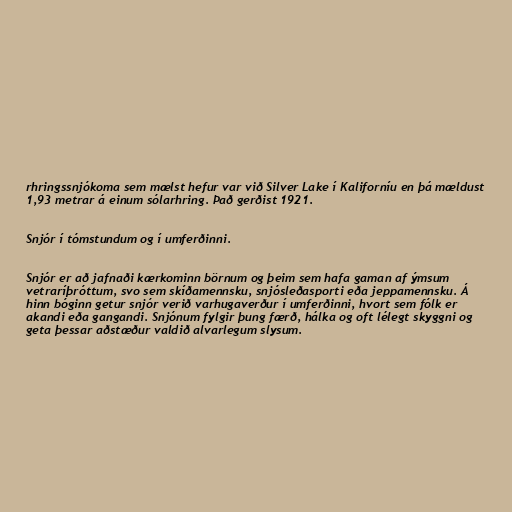
rhringssnjókoma sem mælst hefur var við Silver Lake í Kaliforníu en þá mældust
1,93 metrar á einum sólarhring. Það gerðist 1921.

Snjór í tómstundum og í umferðinni.

Snjór er að jafnaði kærkominn börnum og þeim sem hafa gaman af ýmsum
vetraríþróttum, svo sem skíðamennsku, snjósleðasporti eða jeppamennsku. Á
hinn bóginn getur snjór verið varhugaverður í umferðinni, hvort sem fólk er
akandi eða gangandi. Snjónum fylgir þung færð, hálka og oft lélegt skyggni og
geta þessar aðstæður valdið alvarlegum slysum.